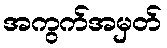
အကွက်အမှတ်